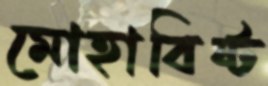
মোহাবিষ্ট